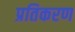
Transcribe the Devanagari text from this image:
प्रतिकरण